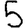
Digit: 5